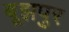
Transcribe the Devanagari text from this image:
बूझपुर